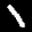
Label: 1